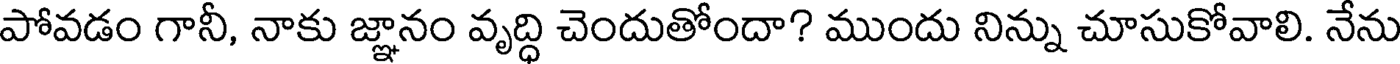
పోవడం గానీ, నాకు జ్ఞానం వృద్ధి చెందుతోందా? ముందు నిన్ను చూసుకోవాలి. నేను